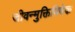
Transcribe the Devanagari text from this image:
जीवन्मुक्तिविवेक